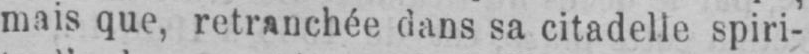
mais que, retranchée dans sa citadelle spiri-